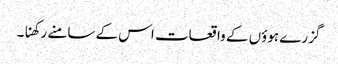
گزرے ہوؤں کے واقعات اس کے سامنے رکھنا۔